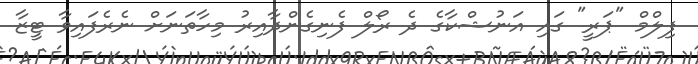
ފިލްމް "ޕަރީ" ގައި އަނުޝްކާގެ ދެ ރޯލް ފެނިގެންދާއިރު މިހާތަނަށް ނެރެފައިވާ ޓީޒާ